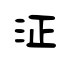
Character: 泟